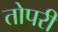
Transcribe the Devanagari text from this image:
तोपरी